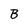
Character: B